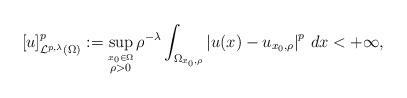
LaTeX: \begin{align*}[u]^p_{\mathcal{L}^{p,\lambda}(\Omega)}:= \sup_{\stackrel{x_0\in \Omega}{\rho>0}}\rho^{-\lambda}\int_{\Omega_{x_0,\rho}}\left|u(x)-u_{x_0,\rho}\right|^p\,dx<+\infty,\end{align*}